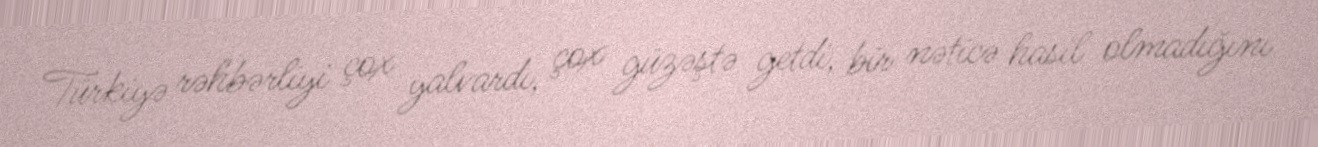
Türkiyə rəhbərliyi çox yalvardı, çox güzəştə getdi, bir nəticə hasil olmadığını